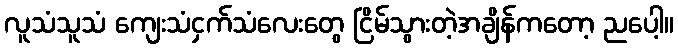
လူသံသူသံ ကျေးသံငှက်သံလေးတွေ ငြိမ်သွားတဲ့အချိန်ကတော့ ညပေါ့။